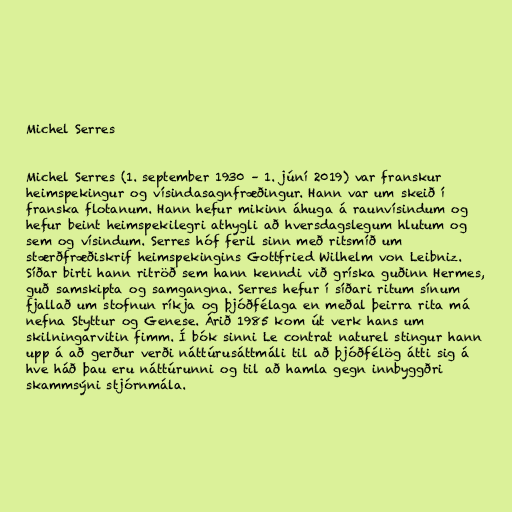
Michel Serres

Michel Serres (1. september 1930 – 1. júní 2019) var franskur
heimspekingur og vísindasagnfræðingur. Hann var um skeið í
franska flotanum. Hann hefur mikinn áhuga á raunvísindum og
hefur beint heimspekilegri athygli að hversdagslegum hlutum og
sem og vísindum. Serres hóf feril sinn með ritsmíð um
stærðfræðiskrif heimspekingins Gottfried Wilhelm von Leibniz.
Síðar birti hann ritröð sem hann kenndi við gríska guðinn Hermes,
guð samskipta og samgangna. Serres hefur í síðari ritum sínum
fjallað um stofnun ríkja og þjóðfélaga en meðal þeirra rita má
nefna Styttur og Genese. Árið 1985 kom út verk hans um
skilningarvitin fimm. Í bók sinni Le contrat naturel stingur hann
upp á að gerður verði náttúrusáttmáli til að þjóðfélög átti sig á
hve háð þau eru náttúrunni og til að hamla gegn innbyggðri
skammsýni stjórnmála.